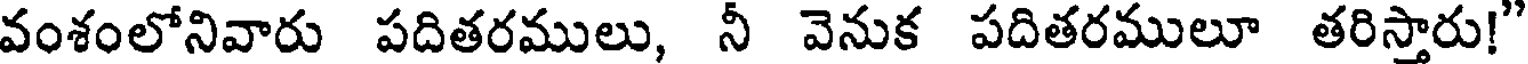
వంశంలోనివారు పదితరములు, నీ వెనుక పదితరములూ తరిస్తారు!"